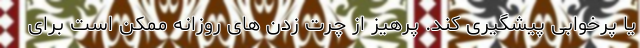
یا پرخوابی پیشگیری کند. پرهیز از چرت زدن های روزانه ممکن است برای